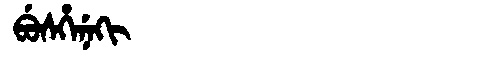
Manchu: ᠪᡠᠰᡥᡝᠨᡝᡴᡳ
Romanization: BUSHENEKI